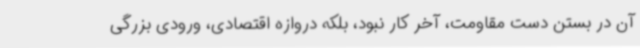
آن در بستن دست مقاومت، آخر کار نبود، بلکه دروازه اقتصادی، ورودی بزرگی